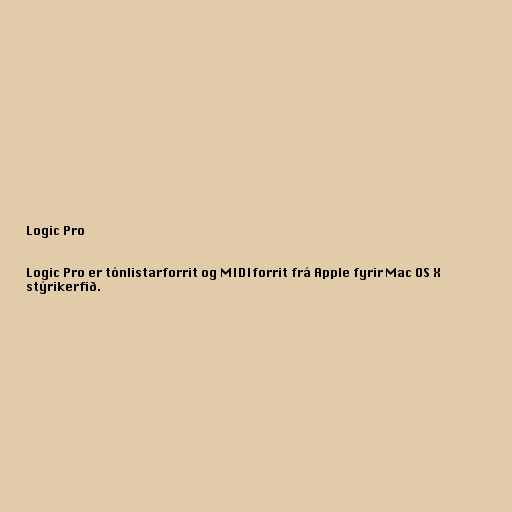
Logic Pro

Logic Pro er tónlistarforrit og MIDIforrit frá Apple fyrir Mac OS X
stýrikerfið.